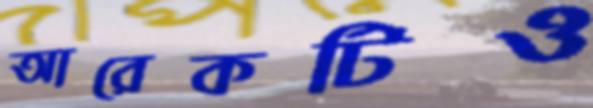
আরেকটিও